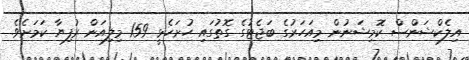
އިލެކްޝަންސް ކޮމިޝަނުން މިއަހަރުގެ ބަޖެޓުގެ ގޮތުގައި ހުށަހެޅީ 159 މިލިއަން ރުފިޔާ ކަމަށެވެ.